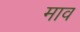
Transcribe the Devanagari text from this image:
माव